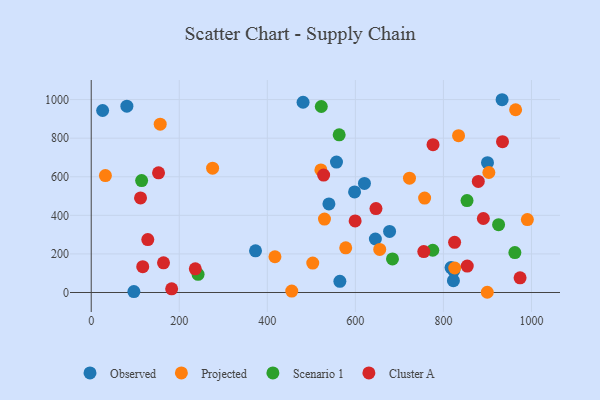
{"axis": {"x": "Distance", "y": "Demand"}, "legend": ["Cluster A", "Observed", "Projected", "Scenario 1"], "data": [{"x": "564.8", "y": 57.9, "type": "Observed"}, {"x": "598.2", "y": 521.3, "type": "Observed"}, {"x": "481.2", "y": 986.2, "type": "Observed"}, {"x": "817.3", "y": 129.4, "type": "Observed"}, {"x": "81.0", "y": 965.7, "type": "Observed"}, {"x": "933.3", "y": 999.3, "type": "Observed"}, {"x": "900.1", "y": 673.0, "type": "Observed"}, {"x": "823.5", "y": 113.8, "type": "Observed"}, {"x": "620.6", "y": 565.6, "type": "Observed"}, {"x": "822.7", "y": 61.4, "type": "Observed"}, {"x": "645.4", "y": 277.4, "type": "Observed"}, {"x": "25.9", "y": 943.5, "type": "Observed"}, {"x": "96.9", "y": 4.8, "type": "Observed"}, {"x": "557.1", "y": 676.1, "type": "Observed"}, {"x": "373.2", "y": 216.1, "type": "Observed"}, {"x": "677.7", "y": 316.6, "type": "Observed"}, {"x": "539.9", "y": 459.2, "type": "Observed"}, {"x": "417.3", "y": 185.4, "type": "Projected"}, {"x": "990.7", "y": 378.1, "type": "Projected"}, {"x": "521.7", "y": 635.2, "type": "Projected"}, {"x": "455.5", "y": 7.4, "type": "Projected"}, {"x": "529.8", "y": 380.6, "type": "Projected"}, {"x": "757.3", "y": 489.5, "type": "Projected"}, {"x": "578.1", "y": 231.4, "type": "Projected"}, {"x": "32.2", "y": 606.3, "type": "Projected"}, {"x": "156.7", "y": 872.7, "type": "Projected"}, {"x": "903.2", "y": 622.1, "type": "Projected"}, {"x": "655.3", "y": 223.3, "type": "Projected"}, {"x": "825.7", "y": 127.0, "type": "Projected"}, {"x": "899.6", "y": 1.2, "type": "Projected"}, {"x": "275.7", "y": 644.4, "type": "Projected"}, {"x": "834.4", "y": 812.9, "type": "Projected"}, {"x": "722.9", "y": 592.4, "type": "Projected"}, {"x": "503.2", "y": 152.4, "type": "Projected"}, {"x": "964.0", "y": 947.3, "type": "Projected"}, {"x": "114.5", "y": 580.0, "type": "Scenario 1"}, {"x": "853.6", "y": 476.7, "type": "Scenario 1"}, {"x": "962.3", "y": 206.8, "type": "Scenario 1"}, {"x": "522.6", "y": 964.3, "type": "Scenario 1"}, {"x": "563.2", "y": 817.5, "type": "Scenario 1"}, {"x": "925.3", "y": 351.6, "type": "Scenario 1"}, {"x": "775.8", "y": 219.1, "type": "Scenario 1"}, {"x": "242.7", "y": 94.2, "type": "Scenario 1"}, {"x": "684.3", "y": 173.9, "type": "Scenario 1"}, {"x": "934.2", "y": 782.0, "type": "Cluster A"}, {"x": "646.8", "y": 435.0, "type": "Cluster A"}, {"x": "599.5", "y": 370.8, "type": "Cluster A"}, {"x": "825.4", "y": 260.0, "type": "Cluster A"}, {"x": "974.1", "y": 76.0, "type": "Cluster A"}, {"x": "164.2", "y": 153.7, "type": "Cluster A"}, {"x": "236.4", "y": 122.9, "type": "Cluster A"}, {"x": "112.0", "y": 490.1, "type": "Cluster A"}, {"x": "182.7", "y": 18.9, "type": "Cluster A"}, {"x": "128.5", "y": 274.4, "type": "Cluster A"}, {"x": "152.9", "y": 620.2, "type": "Cluster A"}, {"x": "117.0", "y": 133.7, "type": "Cluster A"}, {"x": "527.9", "y": 608.6, "type": "Cluster A"}, {"x": "776.4", "y": 766.3, "type": "Cluster A"}, {"x": "879.2", "y": 576.0, "type": "Cluster A"}, {"x": "755.4", "y": 212.4, "type": "Cluster A"}, {"x": "890.7", "y": 383.6, "type": "Cluster A"}, {"x": "854.1", "y": 137.2, "type": "Cluster A"}]}